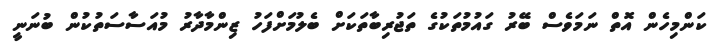
ކަންމިހެން އޮތް ނަމަވެސް ބޭރު ގައުމުތަކުގެ ތަޖުރިބާތަކަށް ބެލުމަށްފަހު ޒިންމާދާރު މުއަސާސަތުކުން ބުނަނީ